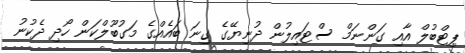
ޕިޓްބުލް އާއި ގަންނަމް ސްޓައިލުން ދުނިޔޭގެ ގިނަ ބައެއްގެ މަގުބޫލްކަން ހޯދި ދެކުނު